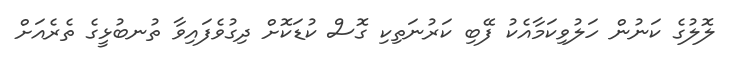
ލޮލުގެ ކަނުން ހަލުވިކަމާއެކު ފޭބި ކަރުނަތިކި ގޮސް ކުޑަކޮށް ދިގުވެފައިވާ ތުނބުޅީގެ ތެރެއަށް